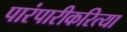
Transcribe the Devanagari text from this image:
पारंपारीकरित्या